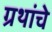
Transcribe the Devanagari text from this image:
ग्रथांचे